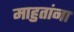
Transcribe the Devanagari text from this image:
माहुतांना